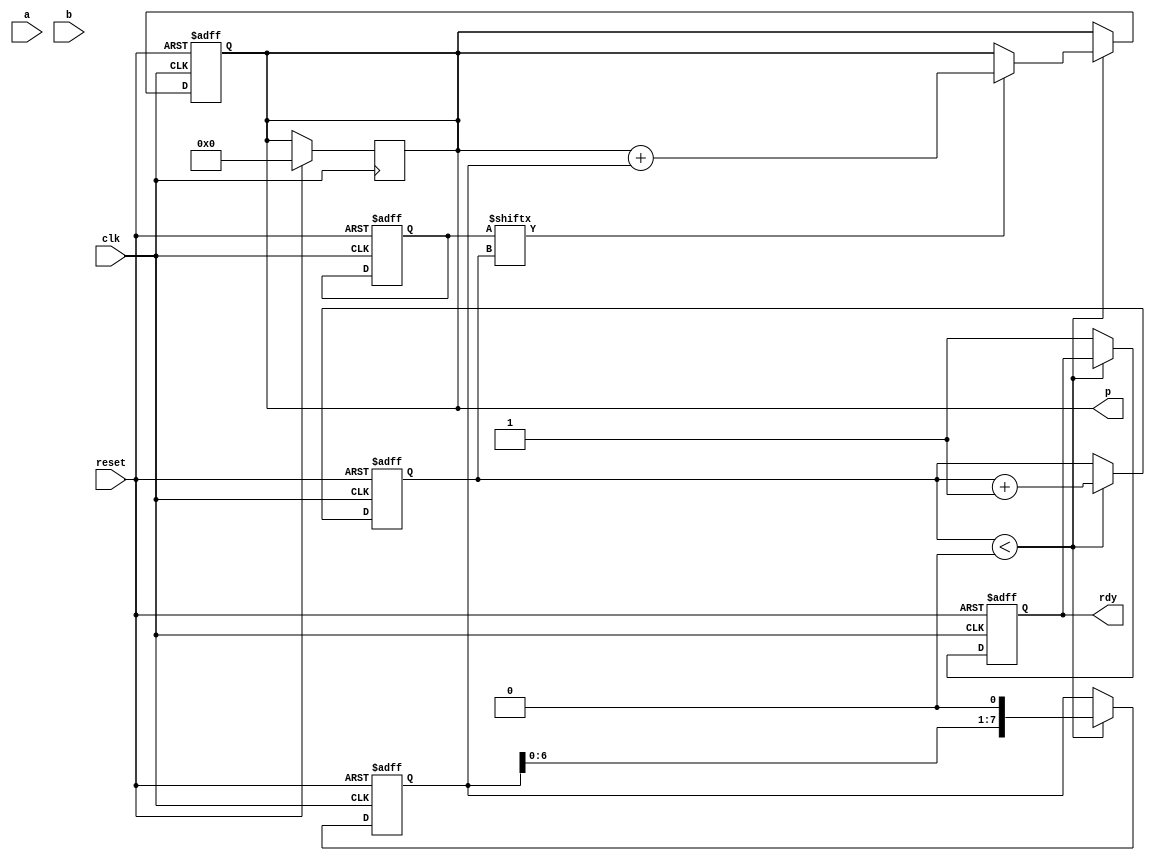
module multi_booth_8bit (
  input clk,
  input reset,
  input [7:0] a,
  input [7:0] b,
  output reg [15:0] p,
  output reg rdy
);

  reg [3:0] ctr;
  reg [7:0] multiplicand;
  reg [7:0] multiplier;

  always @(posedge clk or posedge reset) begin
    if (reset) begin
      ctr <= 4'b0000;
      multiplicand <= 8'b0;
      multiplier <= 8'b0;
      p <= 16'b0;
      rdy <= 0;
    end
    else begin
      if (ctr < 4'b10000) begin
        multiplicand <= multiplicand << 1;
        if (multiplier[ctr] == 1)
          p <= p + multiplicand;
        ctr <= ctr + 1;
      end
      else begin
        rdy <= 1;
      end
    end
  end

  always @(posedge clk) begin
    if (reset)
      p <= 16'b0;
  end

endmodule